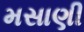
મસાણી